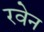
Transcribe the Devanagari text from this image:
रवेन